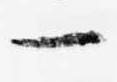
一